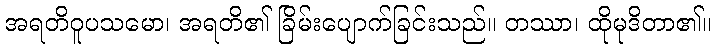
အရတိဝူပသမော၊ အရတိ၏ ခြိမ်းပျောက်ခြင်းသည်။ တဿာ၊ ထိုမုဒိတာ၏။